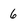
Character: 6